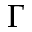
\Gamma